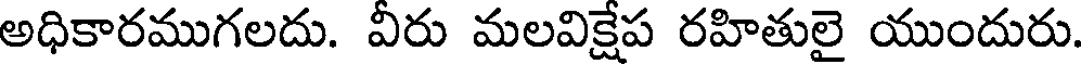
అధికారముగలదు. వీరు మలవిక్షేప రహితులై యుందురు